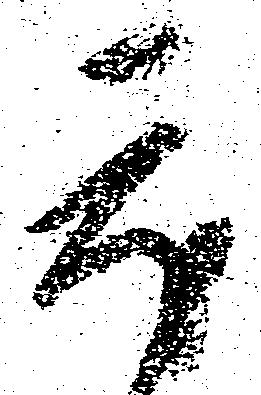
度